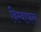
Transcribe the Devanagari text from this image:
बिम्बाफल